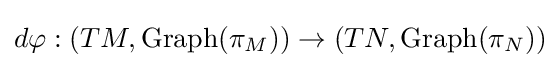
d\varphi :(TM,{\rm {Graph}}(\pi _{M}))\to (TN,{\rm {Graph}}(\pi _{N}))